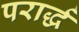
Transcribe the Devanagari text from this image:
परार्द्ध